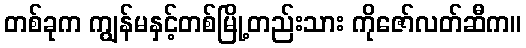
တစ်ခုက ကျွန်မနှင့်တစ်မြို့တည်းသား ကိုဇော်လတ်ဆီက။